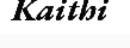
Kaithi